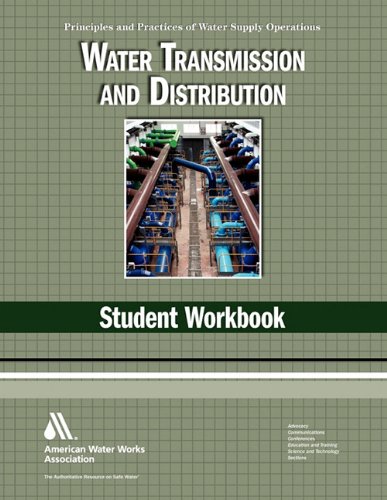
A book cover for Water Transmission and Distribution WSO Student Workbook: Water Supply Operations (Principles and Practices of Water Supply Operations Series); Nancy McTigue; Science & Math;